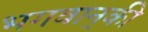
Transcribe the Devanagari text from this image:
भगवान्‌की